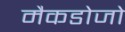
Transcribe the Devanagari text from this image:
मैकडोजो